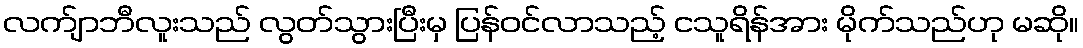
လက်ျာဘီလူးသည် လွတ်သွားပြီးမှ ပြန်ဝင်လာသည့် ငသူရိန်အား မိုက်သည်ဟု မဆို။